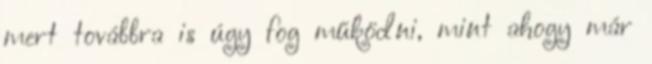
mert továbbra is úgy fog működni, mint ahogy már